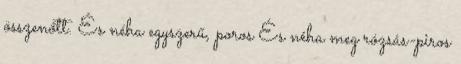
összenőtt. És néha egyszerű, poros És néha meg rózsás-piros